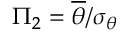
\Pi _ { 2 } = \overline { { \theta } } / \sigma _ { \theta }